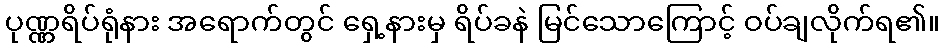
ပုဏ္ဏရိပ်ရုံနား အရောက်တွင် ရှေ့နားမှ ရိပ်ခနဲ မြင်သောကြောင့် ဝပ်ချလိုက်ရ၏။